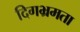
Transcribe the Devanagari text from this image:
दिगभ्रमता